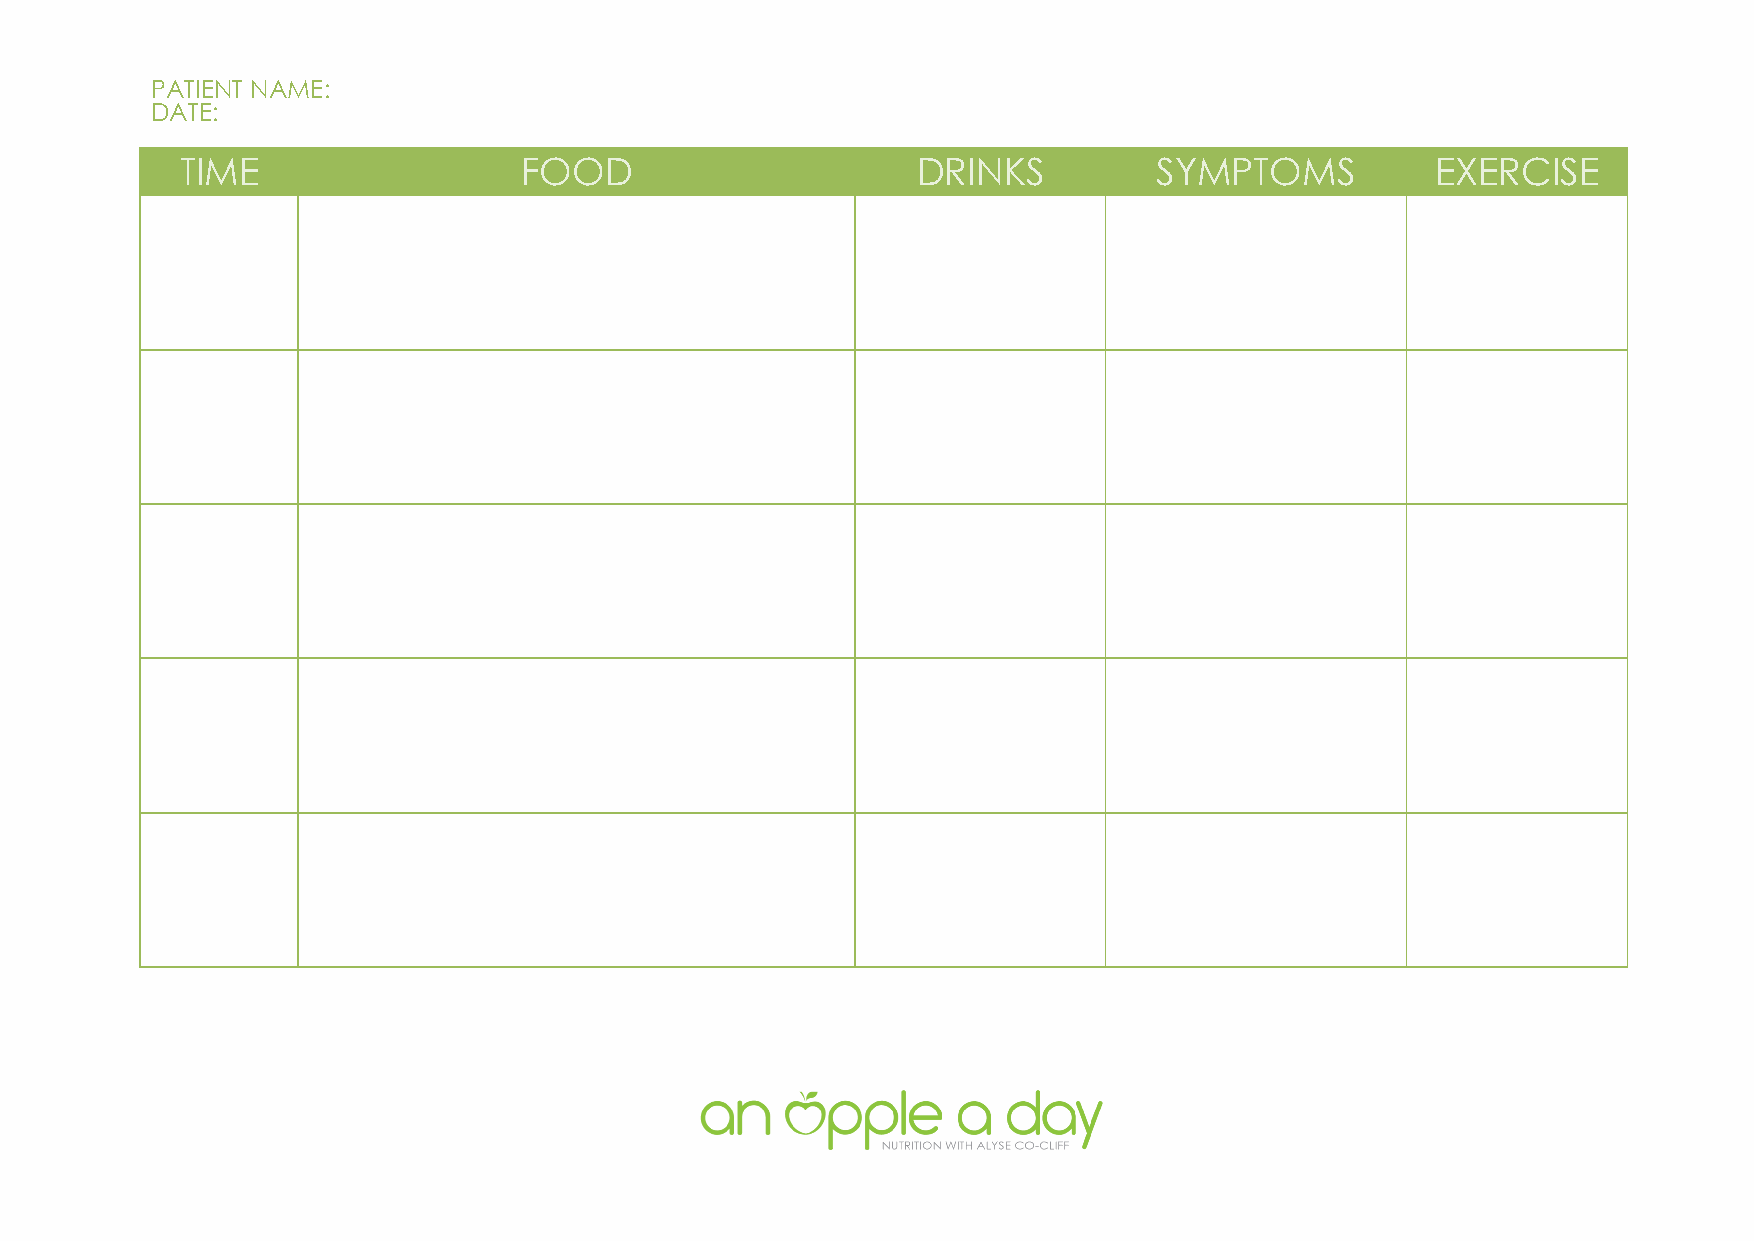
PATIENT NAME:
 DATE:
 TIME                   FOOD                      DRINKS          SYMPTOMS          EXERCISE